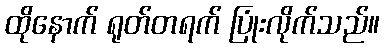
ထိုနောက် ရုတ်တရက် ပြုံးလိုက်သည်။